Civil Veterinary Department. United Provinces 1932-42 - 1932-1942
Year: 1932
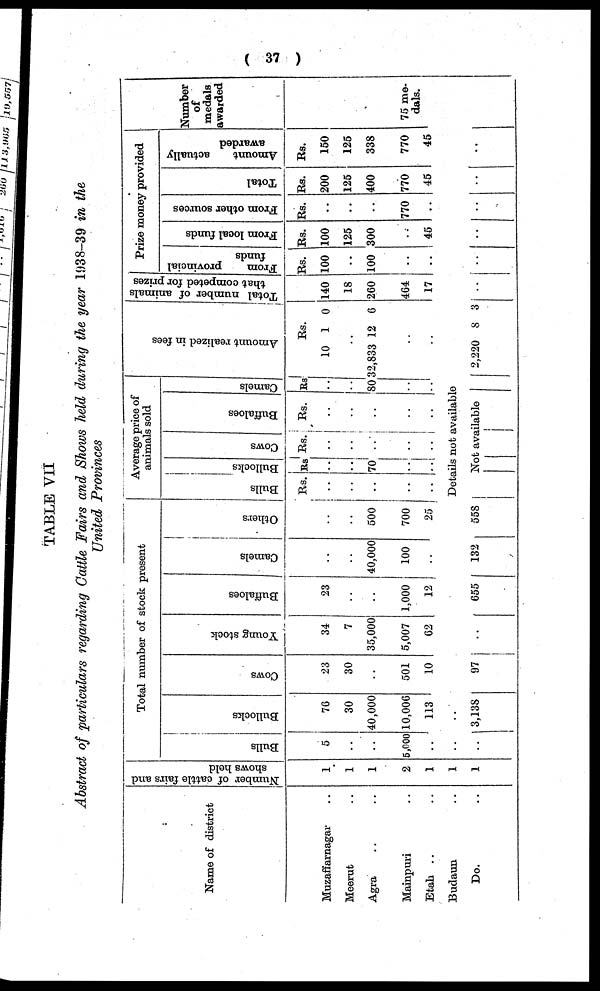
( 37 )
TABLE VII
Abstract of particulars regarding Cattle Fairs and Shows held during the year 1938-39 in the
United Provinces
Name of district
Muzaffarnagar ..
Meerut ..
Agra .. ..
Mainpuri ..
Etah .. ..
Budaun ..
Do. ..
Number of cattle fairs and
shows held
1
1
1
2
1
1 ..
1
Total number of stock present
Bulls
5
..
..
5,000
..
..
Bullocks
76
30
40,000
10,006
113
..
3,138
Cows
23
30
..
501
10
97
Young stock
34
7
35,000
5,007
62
..
Buffaloes
23
..
..
1,000
12
655
Camels
..
..
40,000
100
..
132
Others
..
..
500
700
25
558
Average price of
animals sold
Bulls
Rs.
..
..
..
..
..
Bullocks
Rs
..
..
70
..
..
Cows
Rs.
..
..
..
..
..
Buffaloes
Rs.
..
..
..
..
..
Camels
Rs
..
80
..
..
Details not available
Not available
Amo u n t r e a l i z e d in fees
10
Rs.
1 0
..
32,833 12 6
..
..
2,220 8
3
Total number of animals
that competed for prizes
140
18
260
464
17
..
Prize money provided
From
provincial
funds
Rs.
100
..
100
..
..
..
From local funds
Rs.
100
125
300
..
45
..
From other sources
Rs.
..
..
..
770
..
..
Total
Rs.
200
125
400
770
45
..
Amount
actually
awarded
Rs.
150
125
338
770
45
..
Number
of
medals
awarded
75 me-
dals.